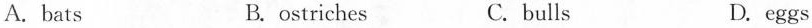
A.bats B. ostriches C.bulls D. eggs